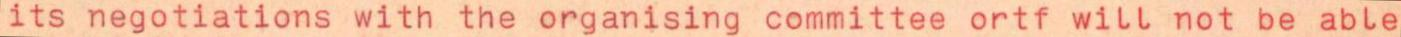
its negotiations with the organising committee ortf will not be able